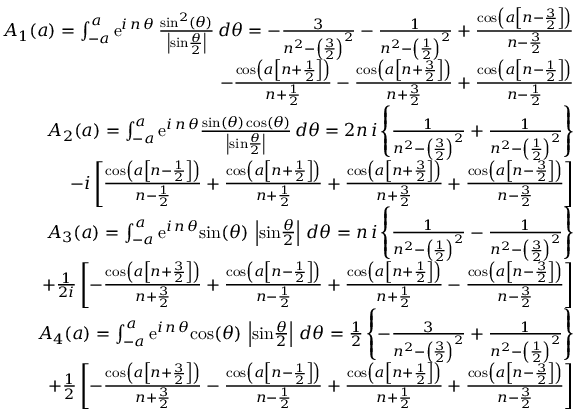
\begin{array} { r l r } & { } & { A _ { 1 } ( a ) = \int _ { - a } ^ { a } \mathrm { e } ^ { i \, n \, \theta } \, { \frac { \mathrm { s i n } ^ { 2 } ( \theta ) } { \left| \mathrm { s i n } { \frac { \theta } { 2 } } \right| } } \, d \theta = - { \frac { 3 } { n ^ { 2 } - \left( { \frac { 3 } { 2 } } \right) ^ { 2 } } } - { \frac { 1 } { n ^ { 2 } - \left( { \frac { 1 } { 2 } } \right) ^ { 2 } } } + { \frac { \mathrm { c o s } \left( a \left[ n - { \frac { 3 } { 2 } } \right] \right) } { n - { \frac { 3 } { 2 } } } } } \\ & { } & { - { \frac { \mathrm { c o s } \left( a \left[ n + { \frac { 1 } { 2 } } \right] \right) } { n + { \frac { 1 } { 2 } } } } - { \frac { \mathrm { c o s } \left( a \left[ n + { \frac { 3 } { 2 } } \right] \right) } { n + { \frac { 3 } { 2 } } } } + { \frac { \mathrm { c o s } \left( a \left[ n - { \frac { 1 } { 2 } } \right] \right) } { n - { \frac { 1 } { 2 } } } } } \\ & { } & { A _ { 2 } ( a ) = \int _ { - a } ^ { a } \mathrm { e } ^ { i \, n \, \theta } { \frac { \mathrm { s i n } ( \theta ) \, \mathrm { c o s } ( \theta ) } { \left| \mathrm { s i n } { \frac { \theta } { 2 } } \right| } } \, d \theta = 2 n \, i \left\{ { \frac { 1 } { n ^ { 2 } - \left( { \frac { 3 } { 2 } } \right) ^ { 2 } } } + { \frac { 1 } { n ^ { 2 } - \left( { \frac { 1 } { 2 } } \right) ^ { 2 } } } \right\} } \\ & { } & { - i \left[ { \frac { \mathrm { c o s } \left( a \left[ n - { \frac { 1 } { 2 } } \right] \right) } { n - { \frac { 1 } { 2 } } } } + { \frac { \mathrm { c o s } \left( a \left[ n + { \frac { 1 } { 2 } } \right] \right) } { n + { \frac { 1 } { 2 } } } } + { \frac { \mathrm { c o s } \left( a \left[ n + { \frac { 3 } { 2 } } \right] \right) } { n + { \frac { 3 } { 2 } } } } + { \frac { \mathrm { c o s } \left( a \left[ n - { \frac { 3 } { 2 } } \right] \right) } { n - { \frac { 3 } { 2 } } } } \right] } \\ & { } & { A _ { 3 } ( a ) = \int _ { - a } ^ { a } \mathrm { e } ^ { i \, n \, \theta } \mathrm { s i n } ( \theta ) \, \left| \mathrm { s i n } { \frac { \theta } { 2 } } \right| \, d \theta = n \, i \left\{ { \frac { 1 } { n ^ { 2 } - \left( { \frac { 1 } { 2 } } \right) ^ { 2 } } } - { \frac { 1 } { n ^ { 2 } - \left( { \frac { 3 } { 2 } } \right) ^ { 2 } } } \right\} } \\ & { } & { + { \frac { 1 } { 2 i } } \left[ - { \frac { \mathrm { c o s } \left( a \left[ n + { \frac { 3 } { 2 } } \right] \right) } { n + { \frac { 3 } { 2 } } } } + { \frac { \mathrm { c o s } \left( a \left[ n - { \frac { 1 } { 2 } } \right] \right) } { n - { \frac { 1 } { 2 } } } } + { \frac { \mathrm { c o s } \left( a \left[ n + { \frac { 1 } { 2 } } \right] \right) } { n + { \frac { 1 } { 2 } } } } - { \frac { \mathrm { c o s } \left( a \left[ n - { \frac { 3 } { 2 } } \right] \right) } { n - { \frac { 3 } { 2 } } } } \right] } \\ & { } & { A _ { 4 } ( a ) = \int _ { - a } ^ { a } \mathrm { e } ^ { i \, n \, \theta } \mathrm { c o s } ( \theta ) \, \left| \mathrm { s i n } { \frac { \theta } { 2 } } \right| \, d \theta = { \frac { 1 } { 2 } } \left\{ - { \frac { 3 } { n ^ { 2 } - \left( { \frac { 3 } { 2 } } \right) ^ { 2 } } } + { \frac { 1 } { n ^ { 2 } - \left( { \frac { 1 } { 2 } } \right) ^ { 2 } } } \right\} } \\ & { } & { + { \frac { 1 } { 2 } } \left[ - { \frac { \mathrm { c o s } \left( a \left[ n + { \frac { 3 } { 2 } } \right] \right) } { n + { \frac { 3 } { 2 } } } } - { \frac { \mathrm { c o s } \left( a \left[ n - { \frac { 1 } { 2 } } \right] \right) } { n - { \frac { 1 } { 2 } } } } + { \frac { \mathrm { c o s } \left( a \left[ n + { \frac { 1 } { 2 } } \right] \right) } { n + { \frac { 1 } { 2 } } } } + { \frac { \mathrm { c o s } \left( a \left[ n - { \frac { 3 } { 2 } } \right] \right) } { n - { \frac { 3 } { 2 } } } } \right] } \end{array}